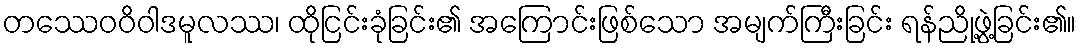
တဿေဝဝိဝါဒမူလဿ၊ ထိုငြင်းခုံခြင်း၏ အကြောင်းဖြစ်သော အမျက်ကြီးခြင်း ရန်ညို့ဖွဲ့ခြင်း၏။